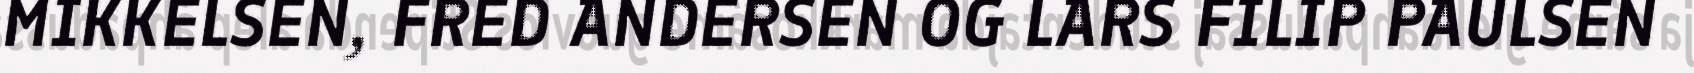
MIKKELSEN, FRED ANDERSEN OG LARS FILIP PAULSEN